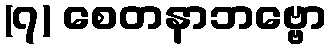
(၇) စေတနာဘဗ္ဗော